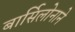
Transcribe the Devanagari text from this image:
बार्सिलोनाने